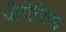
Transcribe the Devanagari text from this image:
प्रीपेरिस